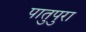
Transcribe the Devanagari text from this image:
पातुपुरा